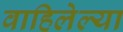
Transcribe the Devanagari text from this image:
वाहिलेल्‍या